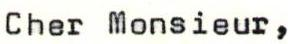
Cher Monsieur,